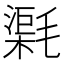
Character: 𣯸